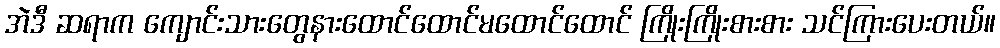
အဲဒီ ဆရာက ကျောင်းသားတွေနားထောင်ထောင်မထောင်ထောင် ကြိုးကြိုးစားစား သင်ကြားပေးတယ်။